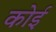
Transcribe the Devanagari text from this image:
कोई